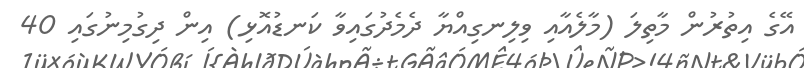
އޭގެ އިތުރުން މާތިލަ (މާލެއާއި ވިލިނގިއްޔާ ދެމެދުގައިވާ ކަނޑުއޮޅި) އިން ދިގުމިނުގައި 40